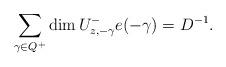
LaTeX: \begin{align*}\sum_{\gamma\in Q^+}\dim U^-_{z,-\gamma}e(-\gamma)=D^{-1}.\end{align*}